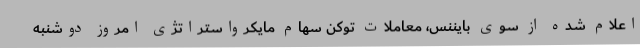
اعلام شده از سوی بایننس، معاملات توکن سهام مایکرواستراتژی امروز دوشنبه